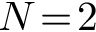
N \! = \! 2